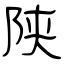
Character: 陕